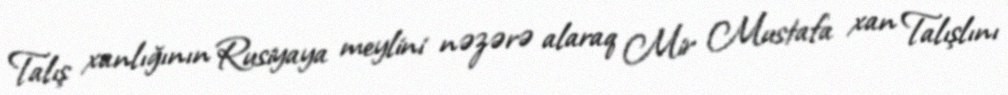
Talış xanlığının Rusiyaya meylini nəzərə alaraq Mir Mustafa xan Talışlını